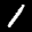
Label: 1